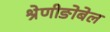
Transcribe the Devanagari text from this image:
श्रेणीङोबेल